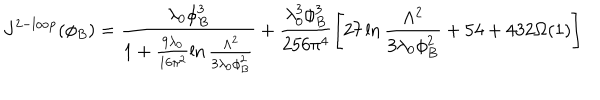
J ^ { \mathrm { 2 - l o o p } } ( \phi _ { B } ) = \frac { \lambda _ { 0 } \phi _ { B } ^ { 3 } } { 1 + \frac { 9 \lambda _ { 0 } } { 1 6 \pi ^ { 2 } } \ln \frac { \Lambda ^ { 2 } } { 3 \lambda _ { 0 } \phi _ { B } ^ { 2 } } } + \frac { \lambda _ { 0 } ^ { 3 } \phi _ { B } ^ { 3 } } { 2 5 6 \pi ^ { 4 } } \left[ 2 7 \ln \frac { \Lambda ^ { 2 } } { 3 \lambda _ { 0 } \phi _ { B } ^ { 2 } } + 5 4 + 4 3 2 \Omega ( 1 ) \right]